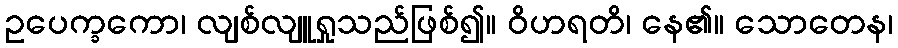
ဥပေက္ခကော၊ လျစ်လျူရှုသည်ဖြစ်၍။ ဝိဟရတိ၊ နေ၏။ သောတေန၊